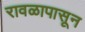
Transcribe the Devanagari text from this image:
रावळापासून